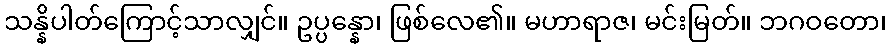
သန္နိပါတ်ကြောင့်သာလျှင်။ ဥပ္ပန္နော၊ ဖြစ်လေ၏။ မဟာရာဇ၊ မင်းမြတ်။ ဘဂဝတော၊